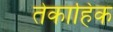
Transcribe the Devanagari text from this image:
तेकाहिक